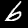
Digit: 6